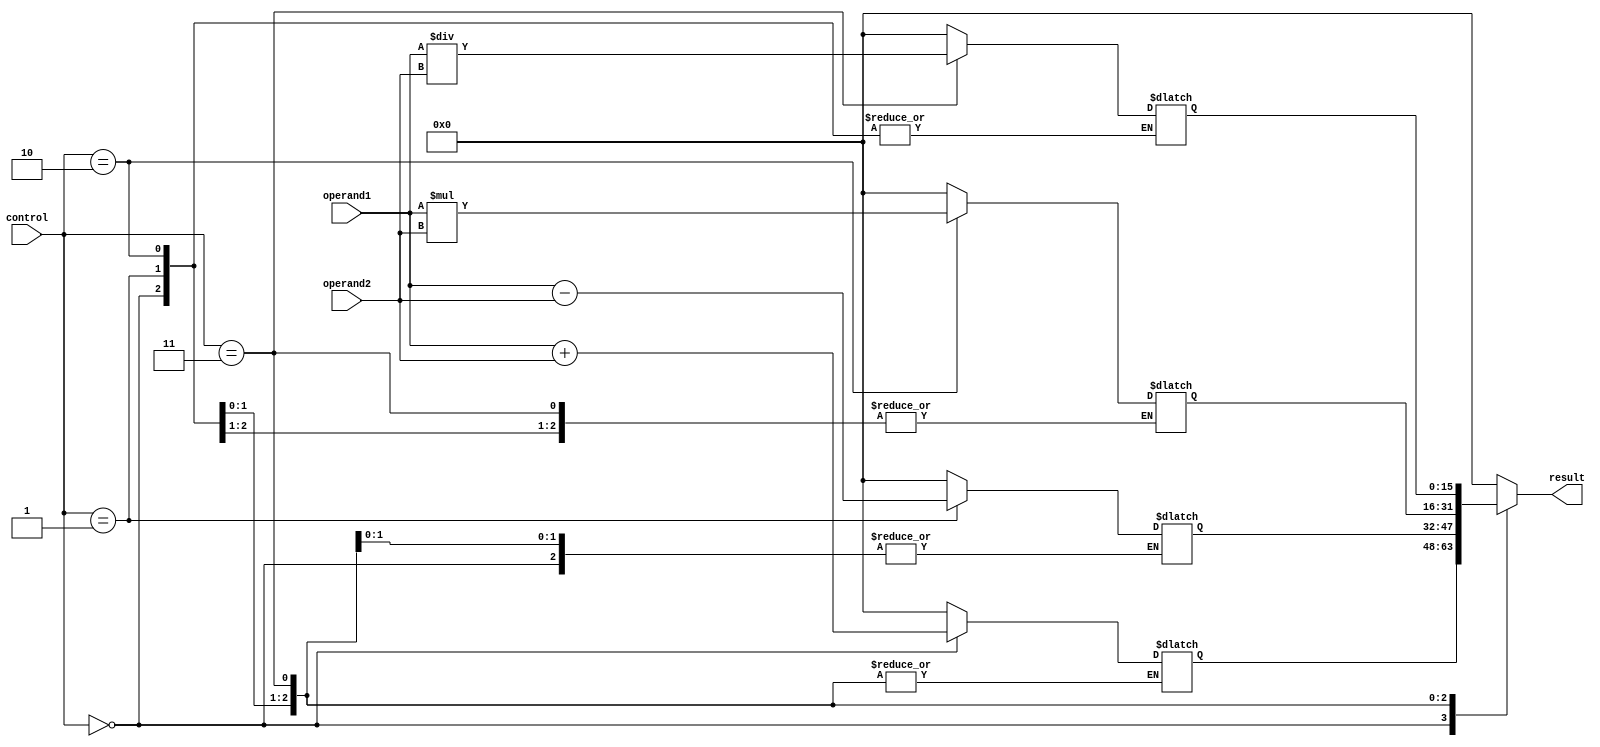
module ALU(
    input [15:0] operand1,
    input [15:0] operand2,
    input [3:0] control,
    output reg [15:0] result
);

// Define arithmetic blocks
reg [15:0] add_result;
reg [15:0] sub_result;
reg [15:0] mul_result;
reg [15:0] div_result;

// Arithmetic operations
always @ (*)
begin
    case(control)
        4'b0000: begin // Addition
            add_result = operand1 + operand2;
        end
        4'b0001: begin // Subtraction
            sub_result = operand1 - operand2;
        end
        4'b0010: begin // Multiplication
            mul_result = operand1 * operand2;
        end
        4'b0011: begin // Division
            div_result = operand1 / operand2;
        end
        default: begin
            add_result = 0;
            sub_result = 0;
            mul_result = 0;
            div_result = 0;
        end
    endcase
end

// Select the output based on control signal
always @ (*)
begin
    case(control)
        4'b0000: begin // Addition
            result = add_result;
        end
        4'b0001: begin // Subtraction
            result = sub_result;
        end
        4'b0010: begin // Multiplication
            result = mul_result;
        end
        4'b0011: begin // Division
            result = div_result;
        end
        default: begin
            result = 0;
        end
    endcase
end

// Overflow detection logic
always @ (*)
begin
    // Handle overflow for addition
    if(add_result > 65535 || add_result < 0)
        $display("Overflow in addition operation");
    
    // Handle overflow for subtraction
    if(sub_result > 65535 || sub_result < 0)
        $display("Overflow in subtraction operation");
    
    // Handle overflow for multiplication
    if(mul_result > 65535 || mul_result < 0)
        $display("Overflow in multiplication operation");
    
    // Handle overflow for division
    if(div_result > 65535 || div_result < 0)
        $display("Overflow in division operation");
end

endmodule